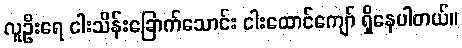
လူဦးရေ ငါးသိန်းခြောက်သောင်း ငါးထောင်ကျော် ရှိနေပါတယ်။